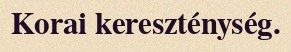
Korai kereszténység.